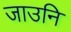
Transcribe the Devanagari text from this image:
जाउनि